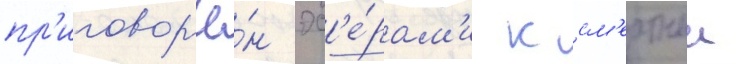
пр'иговор'ё́н эс'е́рам'и к см'ертнои